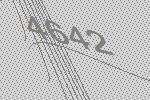
4642